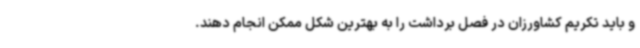
و باید تکریم کشاورزان در فصل برداشت را به بهترین شکل ممکن انجام دهند.